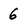
Character: 6